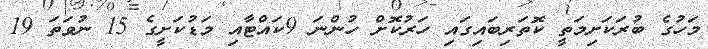
މަހުގެ ބުރަކަށިމަތީ ކޮތަރިބައިގައި ހަރުކޮށް ހުންނަ 9ކައްޓާއި މަޑުކަށީގެ 15 ނުވަތަ 19